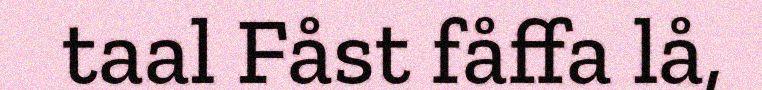
taal Fåst fåffa lå,